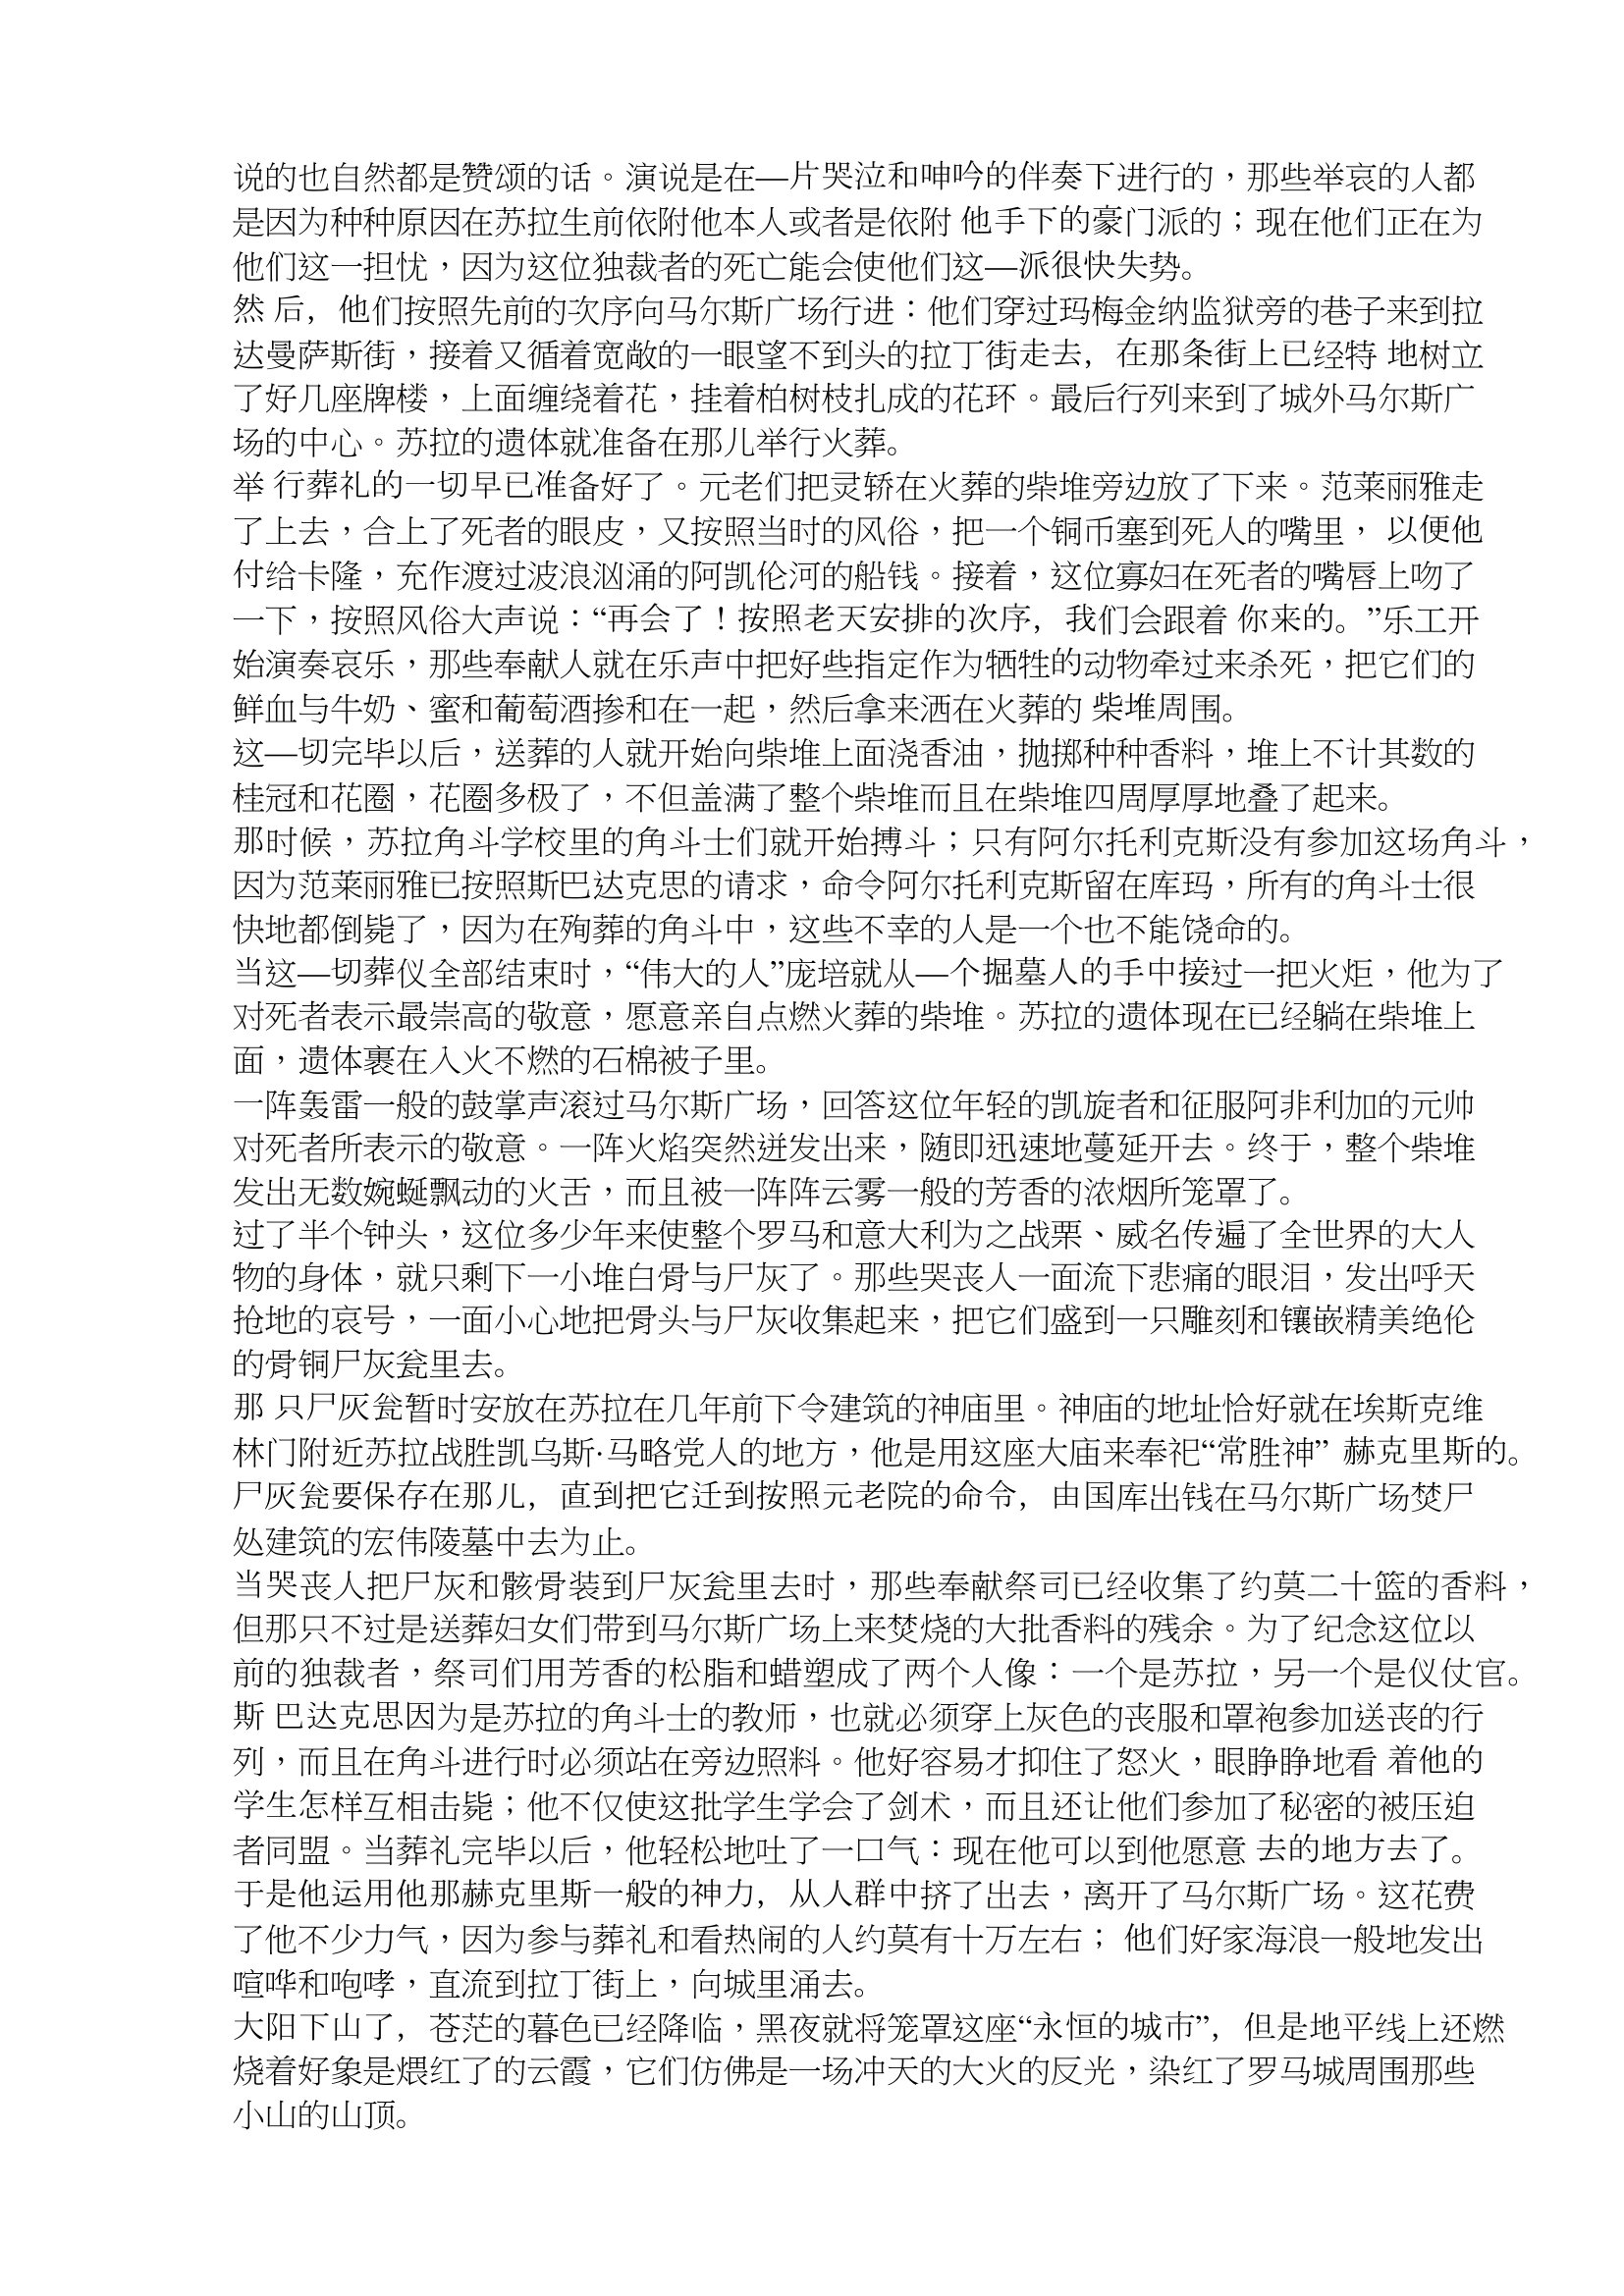
Language: zh